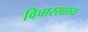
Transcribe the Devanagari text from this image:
विचारसाम्य